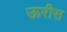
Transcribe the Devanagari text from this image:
ऊरीस